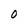
Character: O